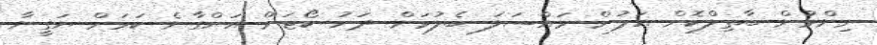
ނިންމުން ބާތިލްކޮށް އަލުން މައްސަލަ ބެލުމަށް ދަށު ކޯޓަށް އަންގާނެ ކަމަށް ޔަގީނާ